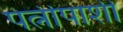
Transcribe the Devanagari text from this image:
पत्नीपाशी